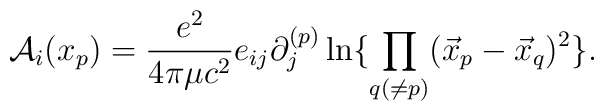
{\cal A}_i(x_p)= {e^2 \over 4 \pi \mu c^2}e_{ij}\partial_j^{(p)} \ln \{\prod_{q (\ne p)}(\vec x_p -\vec x_q)^2 \}.